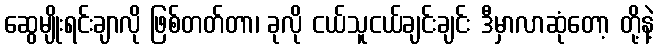
ဆွေမျိုးရင်းချာလို ဖြစ်တတ်တာ၊ ခုလို ငယ်သူငယ်ချင်းချင်း ဒီမှာလာဆုံတော့ တို့နဲ့